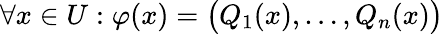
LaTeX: \forall x\in U:\varphi(x)=\big(Q_{1}(x),\dots,Q_{n}(x)\big)